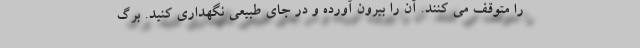
را متوقف می کنند. آن را بیرون آورده و در جای طبیعی نگهداری کنید. برگ